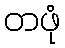
တဖုံ